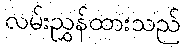
လမ်းညွှန်ထားသည်